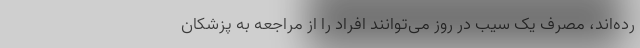
رده‌اند، مصرف یک سیب در روز می‌توانند افراد را از مراجعه به پزشکان